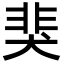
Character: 猆